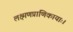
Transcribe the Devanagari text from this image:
लक्ष्मणप्राणिकायाः।